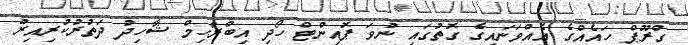
ގްރޫޕް ހައެއްގެ އެއްވަނައިގެ ގޮތުގައި ނުވަ ޕޮއިންޓް ހޯދި އިބްރާހިމް ޝާހިދު ދަތުރުކުރިއިރު